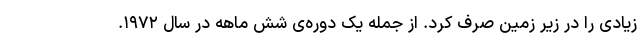
زیادی را در زیر زمین صرف کرد. از جمله یک دوره‌ی شش ماهه در سال ۱۹۷۲.